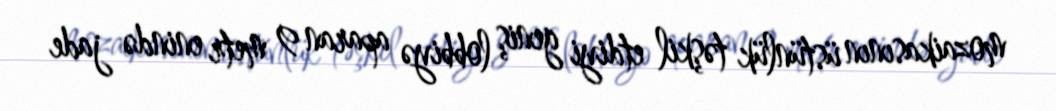
mozaikasının üstünlük təşkil etdiyi geniş lobbiyə aparan 9 metr enində jade